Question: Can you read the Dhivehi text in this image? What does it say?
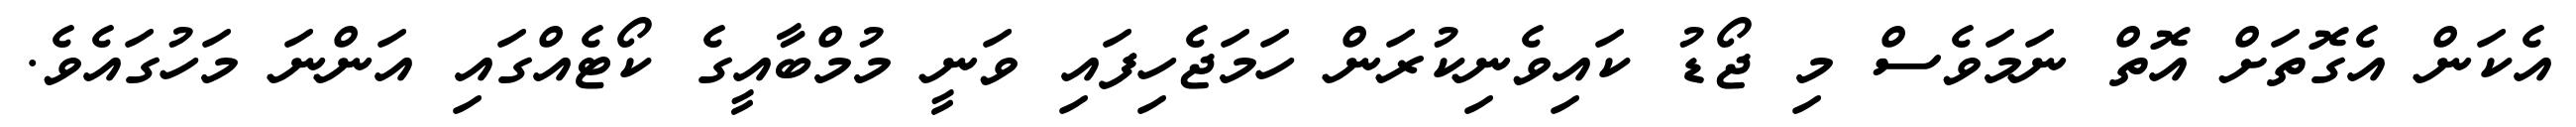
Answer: އެކަން އެގޮތަށް އޮތް ނަމަވެސް މި ޖޯޑު ކައިވެނިކުރަން ހަމަޖެހިފައި ވަނީ މުމްބާއީގެ ކޯޓެއްގައި އަންނަ މަހުގައެވެ.